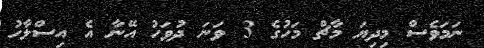
ނަމަވެސް މިދިޔަ މާޗް މަހުގެ 3 ވަނަ ދުވަހު އޭނާ އެ އިސްލާހު